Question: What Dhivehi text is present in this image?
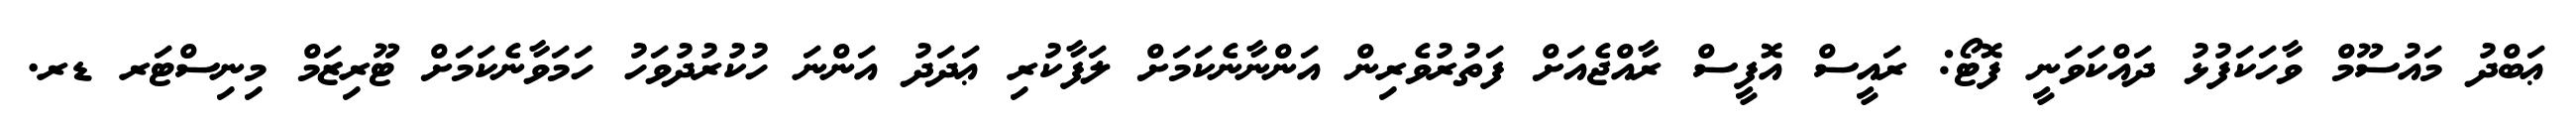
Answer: ޢަބްދު މައުސޫމް ވާހަކަފުޅު ދައްކަވަނީ ފޮޓޯ: ރައީސް އޮފީސް ރާއްޖެއަށް ފަތުރުވެރިން އަންނާނެކަމަށް ލަފާކުރި ޢަދަދު އަންނަ ހުކުރުދުވަހު ހަމަވާނެކަމަށް ޓޫރިޒަމް މިނިސްޓަރ ޑރ.